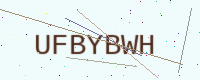
Text: UFBYBWH